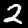
Digit: 2